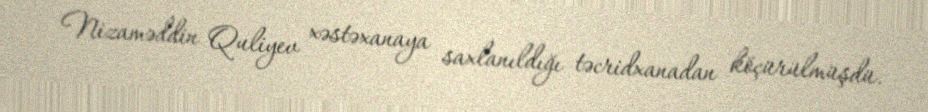
Nizaməddin Quliyev xəstəxanaya saxlanıldığı təcridxanadan köçürülmüşdü.